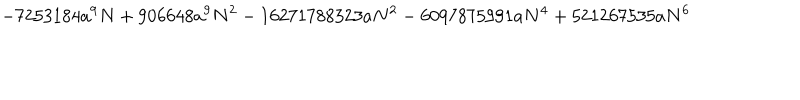
LaTeX: - 7 2 5 3 1 8 4 a ^ { 9 } N + 9 0 6 6 4 8 a ^ { 9 } N ^ { 2 } - 1 6 2 7 1 7 8 8 3 2 3 a N ^ { 2 } - 6 0 9 7 8 7 5 9 9 1 a N ^ { 4 } + 5 2 1 2 6 7 5 3 5 a N ^ { 6 }